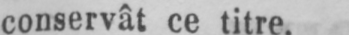
conservât ce titre.